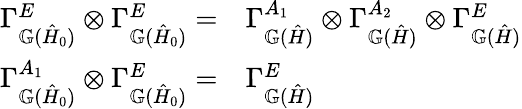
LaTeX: \begin{array}{r}{\begin{array}{rl}{\Gamma_{\mathbb{G}(\hat{H}_{0})}^{E}\otimes\Gamma_{\mathbb{G}(\hat{H}_{0})}^{E}=}&{\Gamma_{\mathbb{G}(\hat{H})}^{A_{1}}\otimes\Gamma_{\mathbb{G}(\hat{H})}^{A_{2}}\otimes\Gamma_{\mathbb{G}(\hat{H})}^{E}}\\ {\Gamma_{\mathbb{G}(\hat{H}_{0})}^{A_{1}}\otimes\Gamma_{\mathbb{G}(\hat{H}_{0})}^{E}=}&{\Gamma_{\mathbb{G}(\hat{H})}^{E}}\end{array}}\end{array}